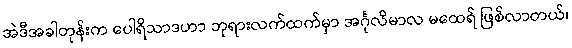
အဲဒီအခါတုန်းက ပေါရိသာဒဟာ ဘုရားလက်ထက်မှာ အင်္ဂုလိမာလ မထေရ် ဖြစ်လာတယ်၊